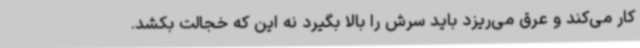
کار می‌کند و عرق می‌ریزد باید سرش را بالا بگیرد نه این که خجالت بکشد.